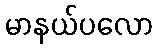
မာနယ်ပလော